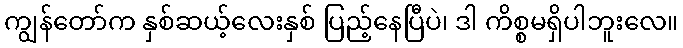
ကျွန်တော်က နှစ်ဆယ့်လေးနှစ် ပြည့်နေပြီပဲ၊ ဒါ ကိစ္စမရှိပါဘူးလေ။